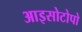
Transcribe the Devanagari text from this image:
आइसोटोपो